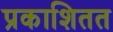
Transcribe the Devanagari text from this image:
प्रकाशितत